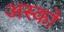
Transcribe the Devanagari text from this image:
अस्को